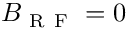
B _ { \mathrm { ~ R ~ F ~ } } = 0